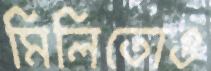
মিলিতোও